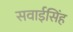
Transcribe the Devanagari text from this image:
सवाईसिंह